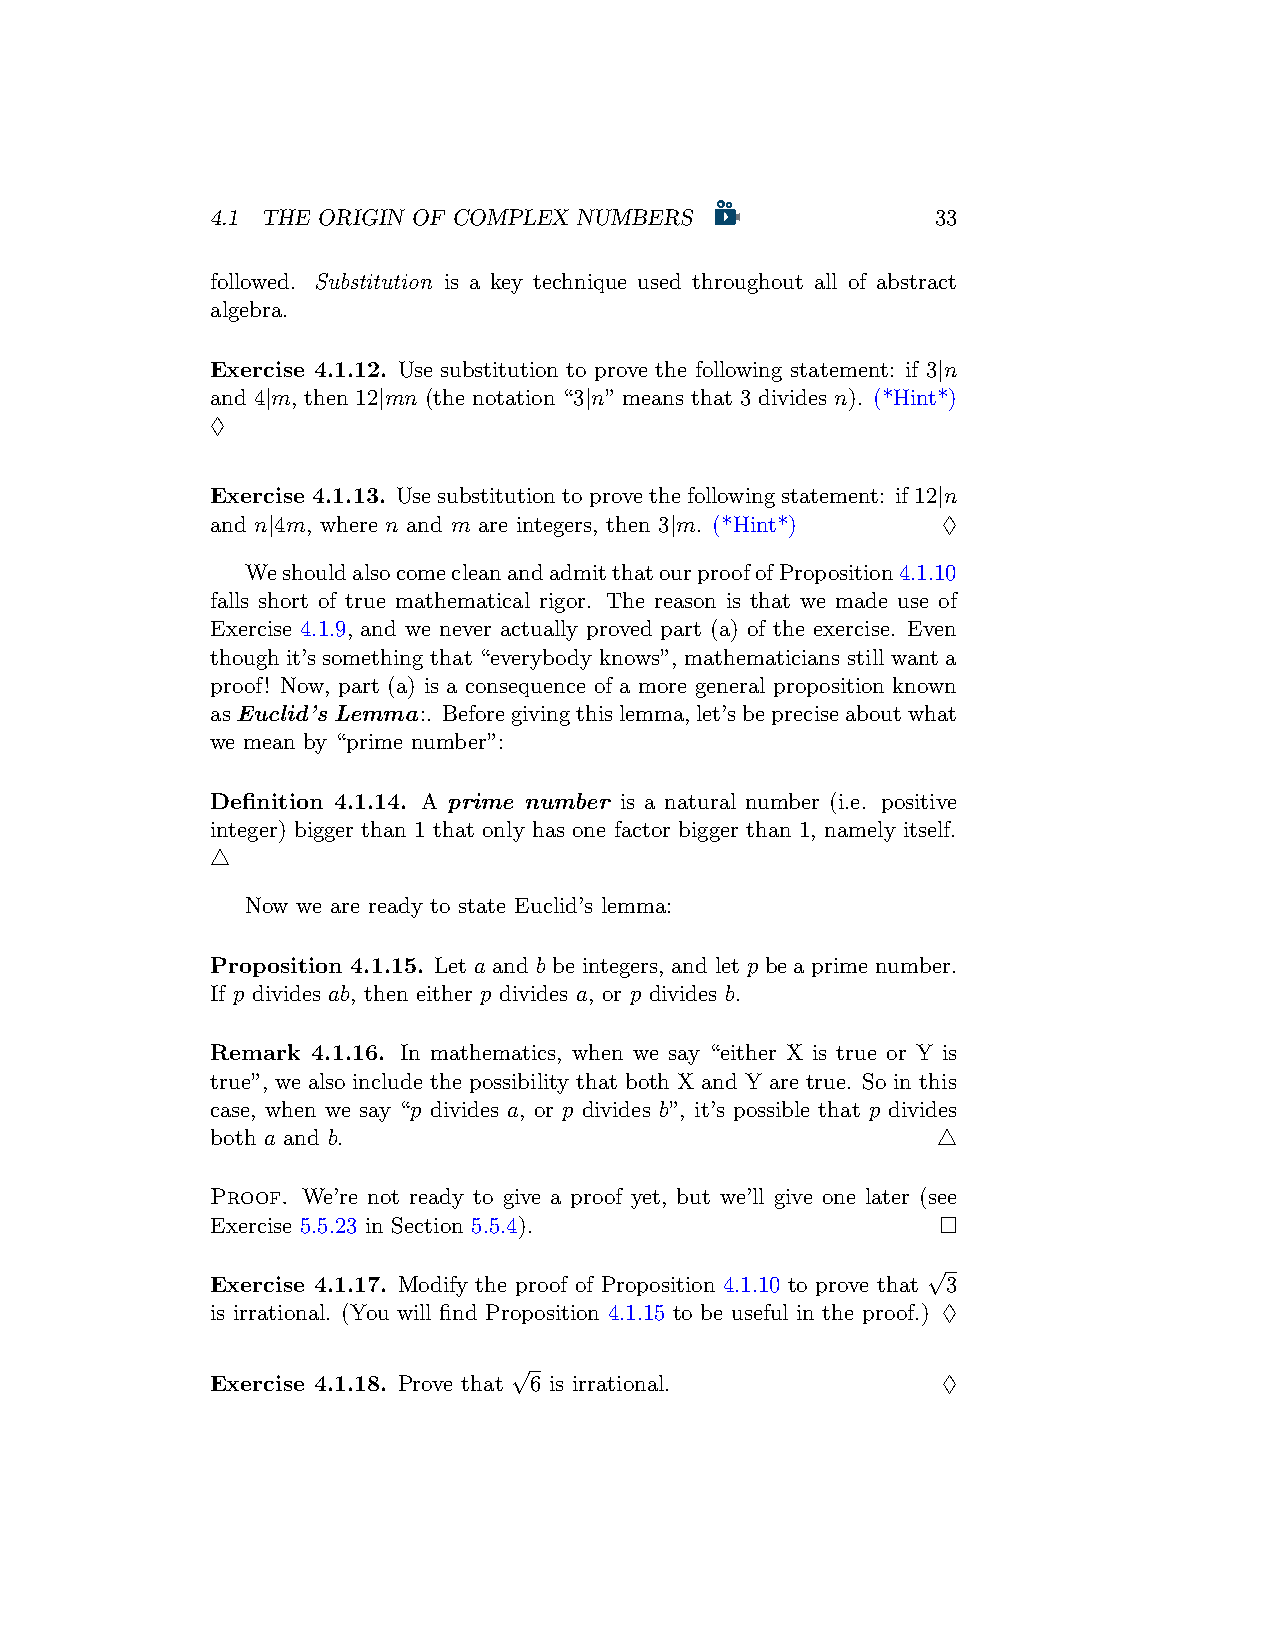
4.1 THE ORIGIN OF COMPLEX NUMBERS               33
 followed. Substitution is a key technique used throughout all of abstract
 algebra.
 Exercise 4.1.12. Use substitution to prove the following statement: if 3|n
 and 4|m, then 12|mn (the notation “3|n” means that 3 divides n). (*Hint*)
 ♢
 Exercise 4.1.13. Usesubstitutiontoprovethefollowingstatement: if12|n
 and n|4m, where n and m are integers, then 3|m. (*Hint*) ♢
 WeshouldalsocomecleanandadmitthatourproofofProposition4.1.10
 falls short of true mathematical rigor. The reason is that we made use of
 Exercise 4.1.9, and we never actually proved part (a) of the exercise. Even
 though it’s something that “everybody knows”, mathematicians still want a
 proof! Now, part (a) is a consequence of a more general proposition known
 asEuclid’s Lemma:. Beforegivingthislemma,let’sbepreciseaboutwhat
 we mean by “prime number”:
 Definition 4.1.14. A prime number is a natural number (i.e. positive
 integer) bigger than 1 that only has one factor bigger than 1, namely itself.
 △
 Now we are ready to state Euclid’s lemma:
 Proposition 4.1.15. Let a and b be integers, and let p be a prime number.
 If p divides ab, then either p divides a, or p divides b.
 Remark 4.1.16. In mathematics, when we say “either X is true or Y is
 true”, we also include the possibility that both X and Y are true. So in this
 case, when we say “p divides a, or p divides b”, it’s possible that p divides
 both a and b.                                   △
 Proof. We’re not ready to give a proof yet, but we’ll give one later (see
 Exercise 5.5.23 in Section 5.5.4).              □
 √
 Exercise 4.1.17. Modify the proof of Proposition 4.1.10 to prove that 3
 is irrational. (You will find Proposition 4.1.15 to be useful in the proof.) ♢
 √
 Exercise 4.1.18. Prove that 6 is irrational.    ♢